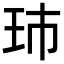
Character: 㺻